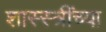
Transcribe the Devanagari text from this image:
शास्स्त्रींच्या